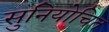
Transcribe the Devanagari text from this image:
सुनियोचित